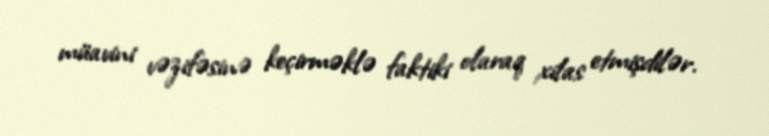
müavini vəzifəsinə keçirməklə faktiki olaraq xilas etmişdilər.